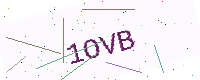
Text: 1OVB